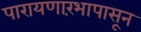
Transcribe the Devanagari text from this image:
पारायणारंभापासून